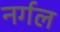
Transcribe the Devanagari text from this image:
नर्गल